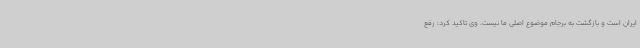
ایران است و بازگشت به برجام موضوع اصلی ما نیست. وی تاکید کرد: رفع